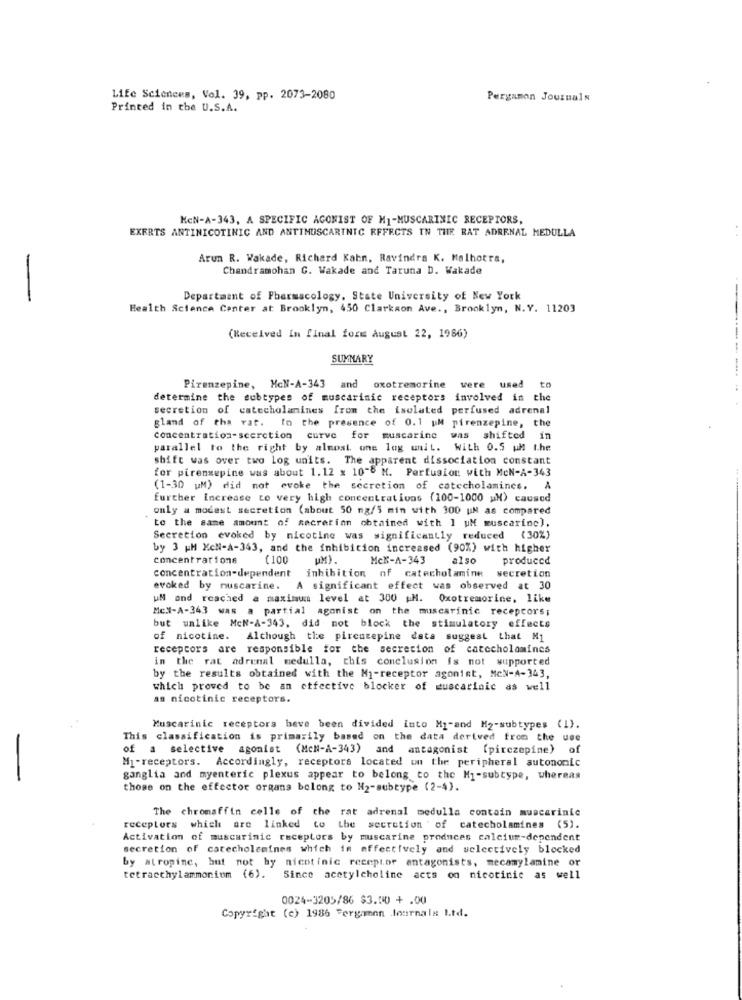
Life Sciences, Vol. 39, pp. 2073-2080
Pergamon Journals
Printed in the U.S.A.
KEN-A-343, A SPECIFIC AGONIST OF M1-MUSCARINIC RECEPTORS,
EXERTS ANTINICOTINIC AND ANTIMUSCARINTG EFFECTS IN THE RAT ADRENAL MEDULLA
Arun R. Wakade, Richard Kahn, Ravindra K. Malhotra,
Chandramohan G. Wakade and Taruna D. Wakade
-
Department of Pharmacology, State University of New York
Health Science Center at Brooklyn, 450 Clarkson Ave ., Brooklyn, N.Y. 11203
(Received In final form August 22, 1986)
SUMMARY
Pirenzepine, McN-A-343 and
oxotremorine
were used to
determine the subtypes of muscarinic receptors involved in the
secretion of catecholanines from the isolated perfused adrenal
gland of tha vat. fo the presence of 0.1 uM pirenzepine, the
concentration-scerction curve for muscarine
was shifted in
parallel to the right by almost. one log unit. With 0.5 uh t.he
shift was over two log units. The apparent dissociation constant
for pirensepine was about 1.12 x 10"8 M. Perfusion with MeN-A-343
(1-30 uM) did not evoke the secretion of catecholamines. A
further Increase to very high concentrations (100-1000 wX) caused
only a modest secretion (about 50 mg/5 min with 300 UM as compared
to the same amount of secretion obtained with I uM muscarinc).
Secretion evoked by nicotine was significantly reduced (30%)
by 3 HM XCN-A-343, and the inhibition increased (90%) with higher
concentrations
(100
McK-A-343
also
produced
concentration-dependent inhibition of catecholamine secretion
evoked by nuscarine.
A significant effect was observed at 30
UN and reached a maximum level at 300 M. Oxotremorine, like
Mel-A-343 was a partial agonist on the muscarinic receptors;
but unlike McN-A-343, did not block the stimulatory effects
of nicotine. Although the pircuzepine data suggest that M1
receptors are responsible for the secretion of catccholamines
in the rat adrenal medulla, this conclusion is not supported
by the results obtained with the Mi-receptor agonist, MON-A-343,
which proved to be an etfective blocker of muscarinic as well
an nicotinic receptors.
Muscarinic receptors beve been divided into M1-and M2-subtypes (I).
This classification is primarily based on the data derived from the use
of a selective agonist (McN-A-343) and antagonist (pirczepine) of
M1-receptors. Accordingly, receptors located on the peripheral autononic
ganglia and myenteric plexus appear to belong to the Mi-subtype, whereas
those on the effector organs belong to H2-subtype (2-4).
The chromaffin celle of the rat adrenal medulla contain muscarinie
receptors which are linked to the secretion ' of catecholamines (5).
Activation of muscarinic receptors by muscarine produces calcium-dependent
secretion of carecholemines which in effectively and selectively blocked
by atropinc, but not by nicotinic receptor antagonists, mecamylamine or
tetraethylammonium (6). Since acetylcholine acts on nicotinic as well
0024-3205/86 $3.00 + .00
Copyright (c) 1986 Fergamon Journals Ltd.